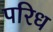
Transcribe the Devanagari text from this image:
परिध